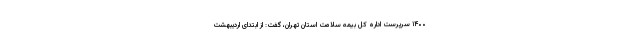
۱۴۰۰ سرپرست اداره کل بیمه سلامت استان تهران، گفت: از ابتدای اردیبهشت